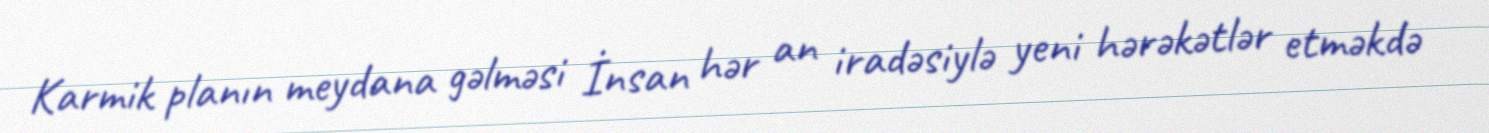
Karmik planın meydana gəlməsi İnsan hər an iradəsiylə yeni hərəkətlər etməkdə